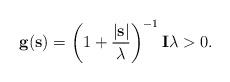
LaTeX: \begin{align*}\mathbf{g}(\mathbf{s}) = \left(1 + \frac{|\mathbf{s}|}{\lambda}\right)^{-1} \mathbf{I} \lambda > 0. \end{align*}